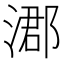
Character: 㴫